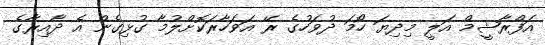
އަފްރާޝީމް އަލީ މިދިޔަ ހޯމަ ދުވަހުގެ ރޭ އަވަހާރަކޮށްލުމާ ގުޅިގެން އެ ދާއިރާގެ